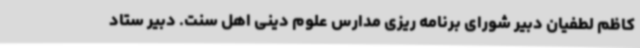
کاظم لطفیان دبیر شورای برنامه ریزی مدارس علوم دینی اهل سنت. دبیر ستاد